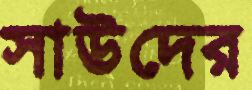
সাউদের